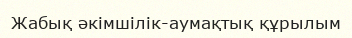
Жабық әкімшілік-аумақтық құрылым